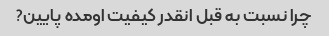
چرا نسبت به قبل انقدر کیفیت اومده پایین?